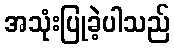
အသုံးပြုခဲ့ပါသည်